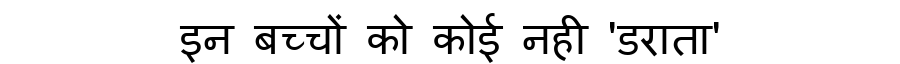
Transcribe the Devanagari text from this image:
इन बच्चों को कोई नही 'डराता'